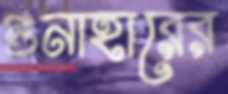
গুনাহারের